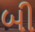
બી